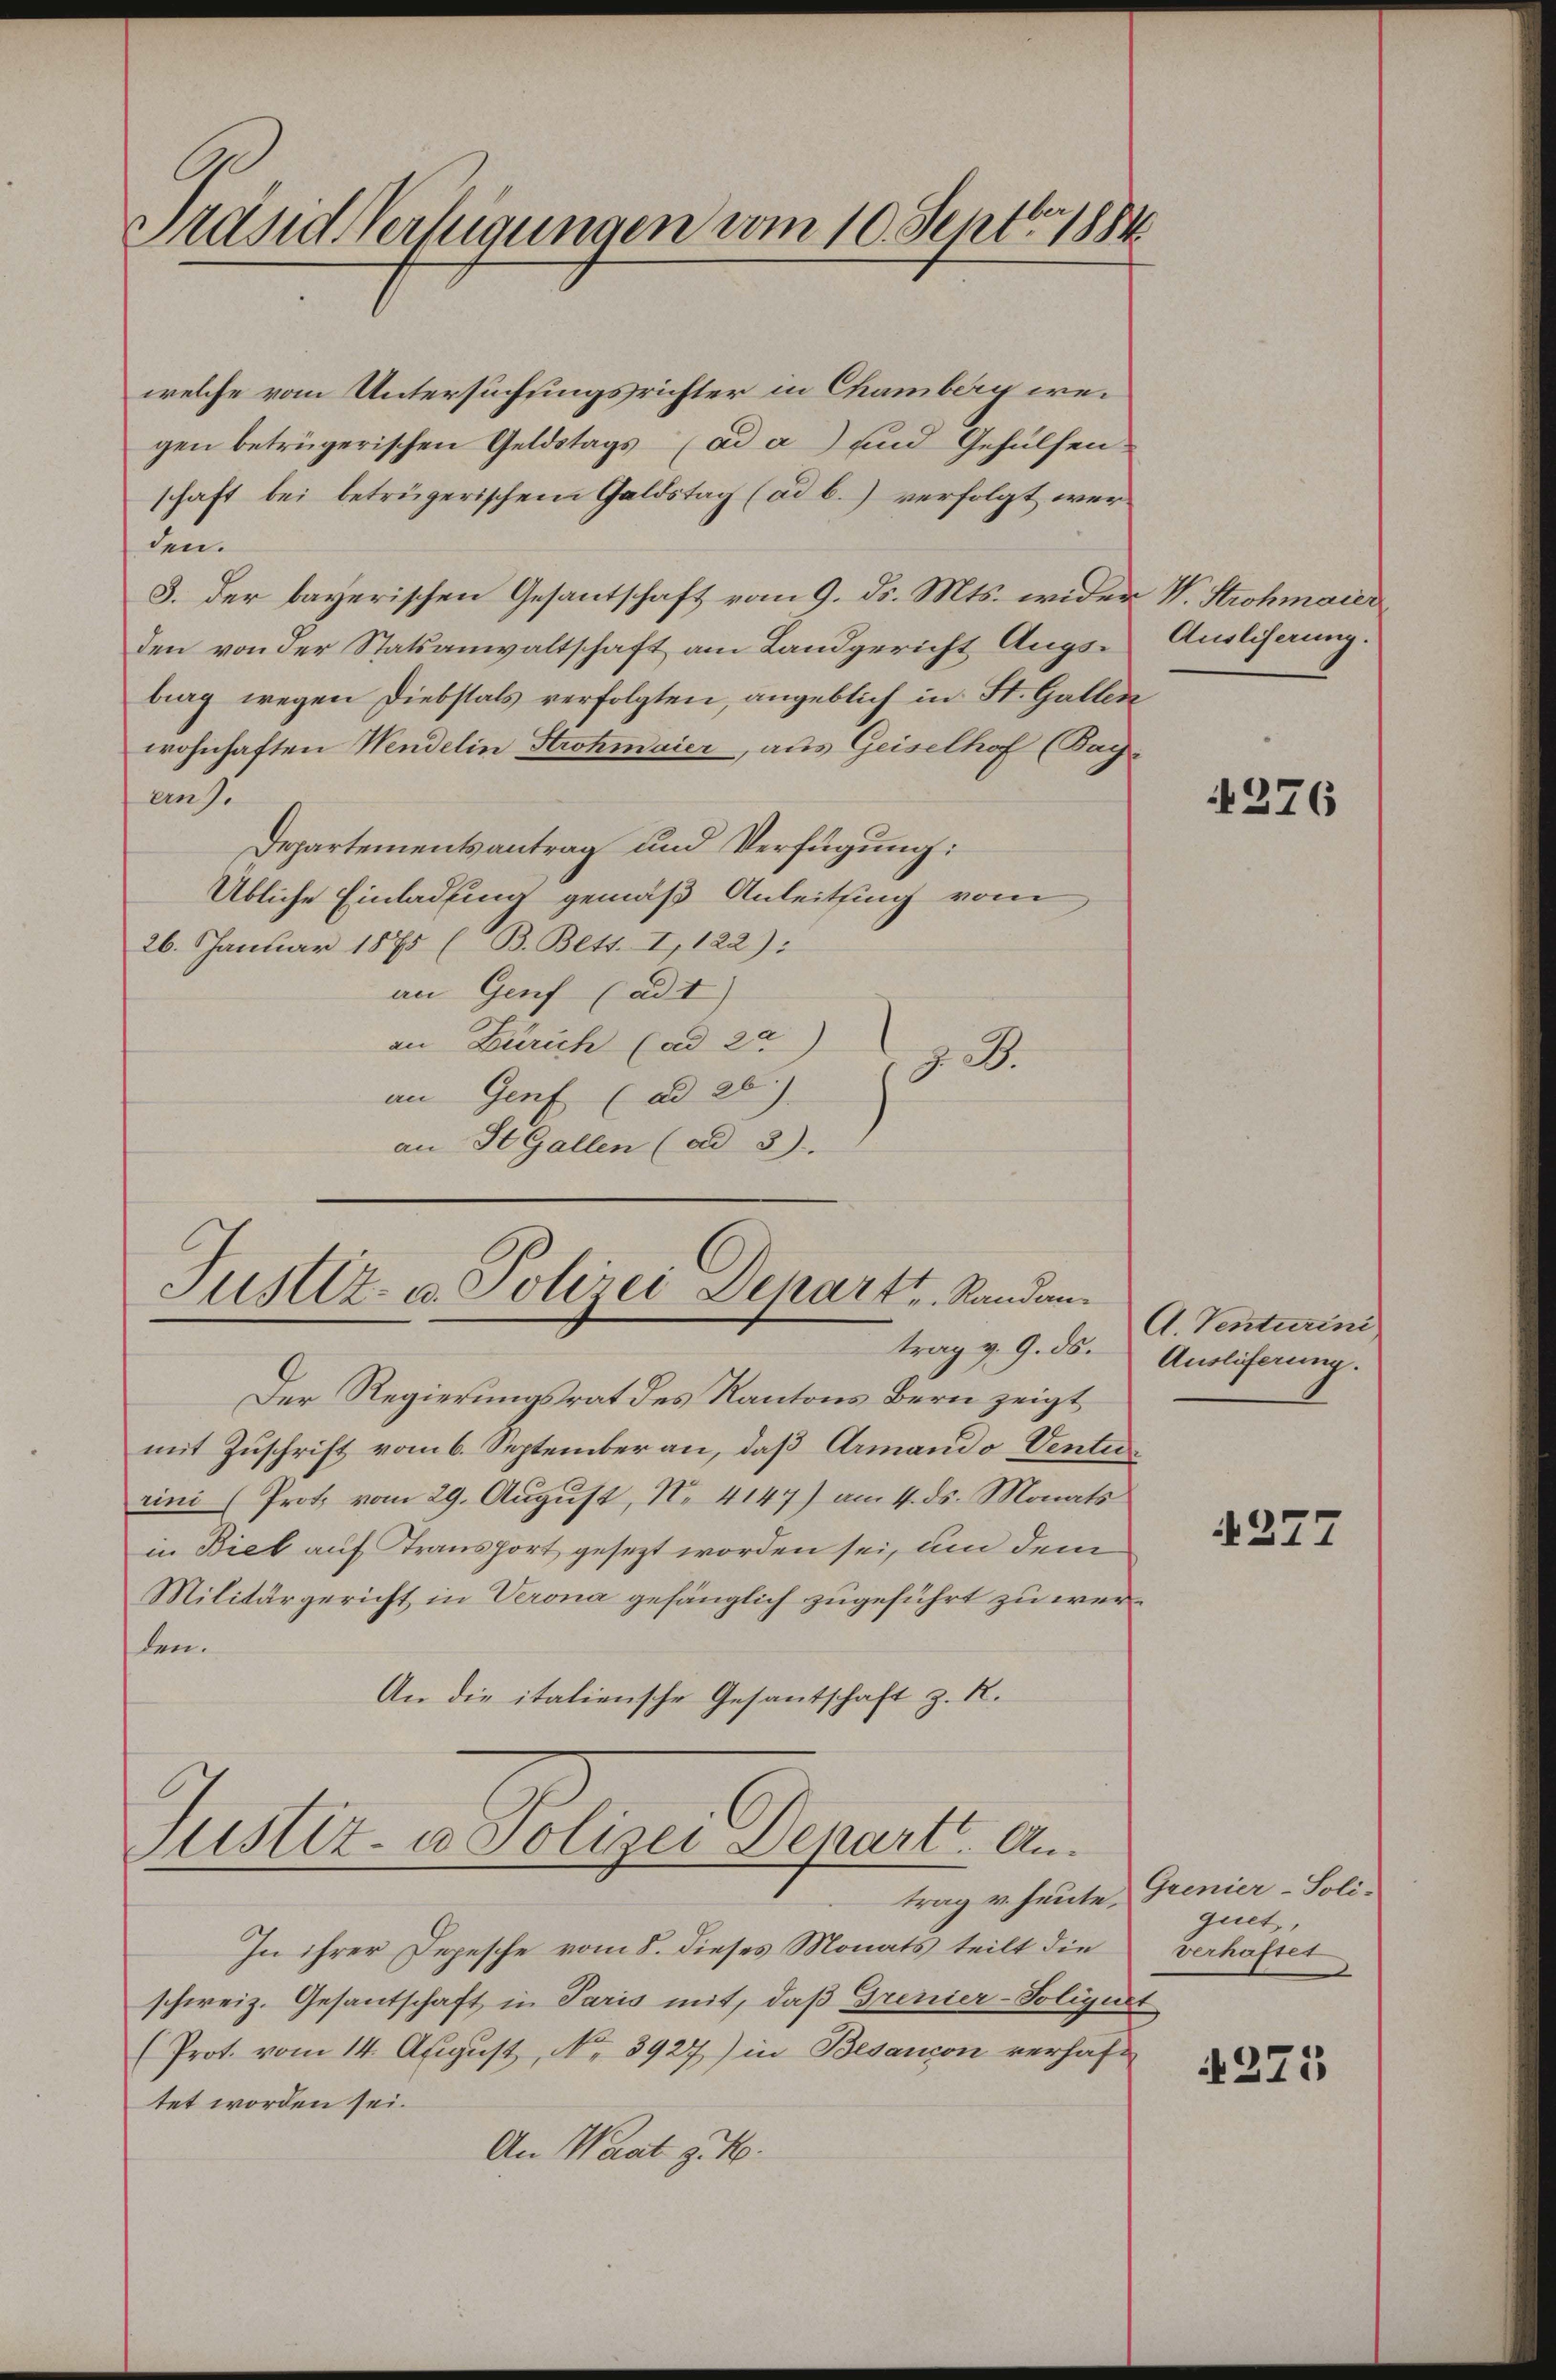
Präsid Verfügungen vom 10. Sept. 1884

welche vom Untersuchungsrichter in Chamberg wegen betrügerischen Geldstags (ad a) und Gehülfen
schaft bei betrügerischem Galdstag (ad b.) verfolgt werden.
3. der bayerischen Gesantschaft vom 9. ds. Mts. wider V. Strohmaier
den von der Statsanwaltschaft am Landgericht Augsburg wegen Diebstals verfolgten, angeblich in St. Gallen
wohnhaften Wendelin Strohmaier, aus Geiselhof (Bay-
ang.
Departementsantrag und Verfügung:
Übliche Einladung gemäß Anleitsing vom
26. Januar 1875 (B. Bett. I, 122):
an Genf (ad I)
an Zürich (ad 20.
z. R.
an Genf (ad 26.)
an St. Gallen (ad 3)
Justiz- u. Polizei Depart. Sandan¬

trag v. 9. ds.

Der Regierungsrat des Kantons Bern zeigt
mit Zuschrift vom 6. September an, daß Armando Venturini (Prot vom 29. August, N. 4147) am 4. ds. Monats
in Biel auf Transport gesezt worden sei, um dem
Militärgericht in Verona gefänglich zugeführt zu werden.
An die italiensche Gesantschaft z. R.
Justiz- u Polizei Depart. Antrag u. heute,
In ihrer Depesche vom 8. dieses Monats teilt die
schweiz. Gesantschaft in Paris mit, daß Grenier-Soliquit
(Prot. vom 14. August, No. 3927) in Besancon verhaft
tet worden sei.
An Waat g. No.

Ausliferung.
k

4276

A. Venturini
Auslieferung.

277

Grenier-Soli-
guet,
verhaftet

275